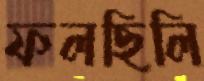
ফলছিলি